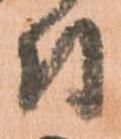
付